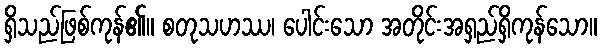
ရှိသည်ဖြစ်ကုန်၏။ စတုသဟဿ၊ ပေါင်းသော အတိုင်းအရှည်ရှိကုန်သော။